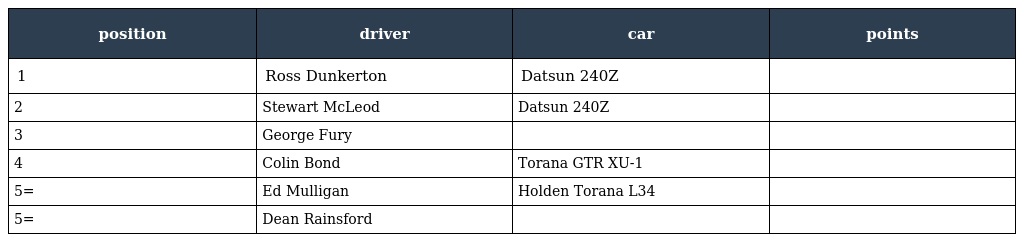
| position | driver | car | points |
 | --- | --- | --- | --- |
 | 1 | Ross Dunkerton | Datsun 240Z |  |
 | 2 | Stewart McLeod | Datsun 240Z |  |
 | 3 | George Fury |  |  |
 | 4 | Colin Bond | Torana GTR XU-1 |  |
 | 5= | Ed Mulligan | Holden Torana L34 |  |
 | 5= | Dean Rainsford |  |  |